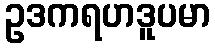
ဥဒကရဟဒူပမာ